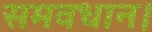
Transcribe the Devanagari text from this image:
समवधान।